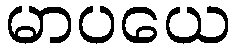
မာပယေ